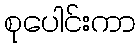
စုပေါင်းကာ